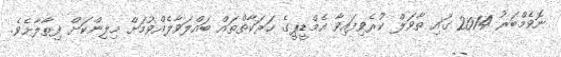
ނޮވެމްބަރު 2014 ގައި ތާވަލް ކުރެވިފައިވާ އެމްޑީޕީގެ ހަރަކާތްތައް ބައްލަވާލެއްވުމަށް މިލިންކަށް ފިތާލާށެވެ.